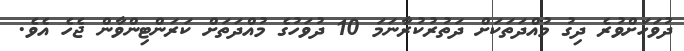
ދުވަހަށްވުރެ ދިގު މުއްދަތަކަށް ދަތުރުކުރާނަމަ 10 ދުވަހުގެ މުއްދަތަށް ކަރަންޓިންވާން ޖެހެ އެވެ.